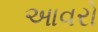
આવરો